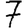
Digit: 7